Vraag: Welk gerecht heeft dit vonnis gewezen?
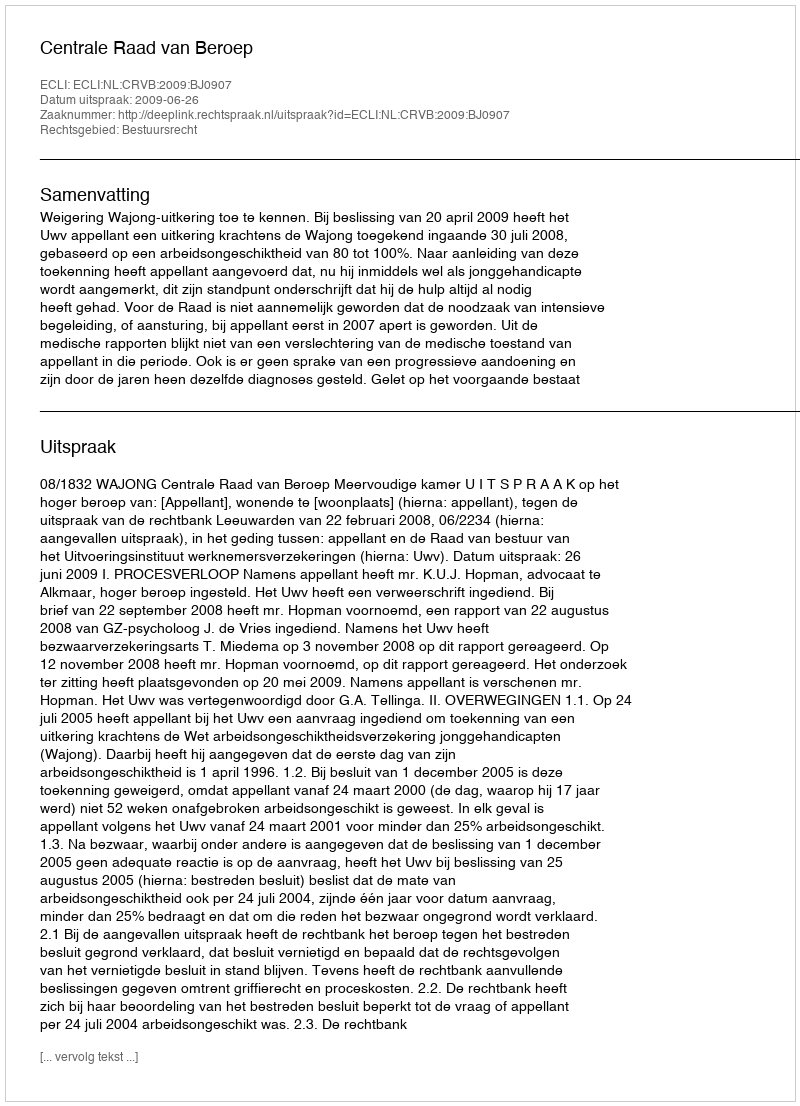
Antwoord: Centrale Raad van Beroep